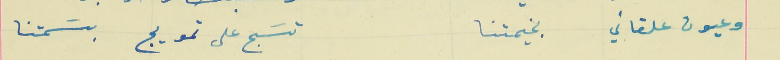
وعيون علقاني   بخيمتنا                                        تسَبح على تمويج بسَمتنا